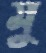
মু